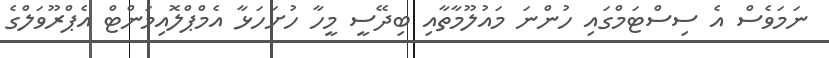
ނަމަވެސް އެ ސިސްޓަމްގައި ހުންނަ މައުލޫމާތާއި ބިދޭސީ މީހާ ހުށަހަޅާ އެމްޕްލޮއިމަންޓް އެޕްރޫވަލްގެ